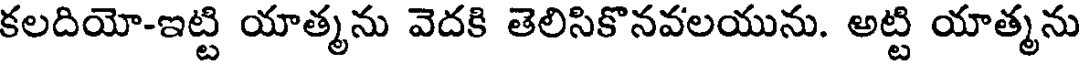
కలదియో-ఇట్టి యాత్మను వెదకి తెలిసికొనవలయును. అట్టి యాత్మను